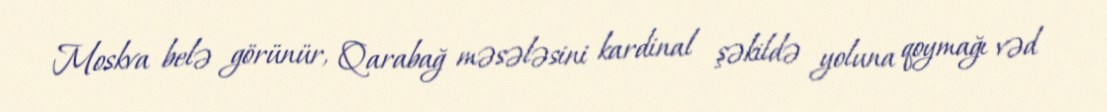
Moskva belə görünür, Qarabağ məsələsini kardinal şəkildə yoluna qoymağı vəd